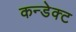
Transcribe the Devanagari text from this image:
कन्डेक्ट